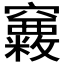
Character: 𥩂